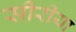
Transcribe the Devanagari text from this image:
सीरीया